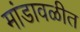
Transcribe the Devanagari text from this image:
मांडावळीत